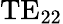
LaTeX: \mathrm{TE}_{22}